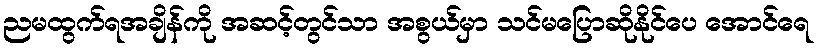
ညမထွက်ရအချိန်ကို အဆင့်တွင်သာ အစွယ်မှာ သင်မပြောဆိုနိုင်ပေ အောင်ရေ